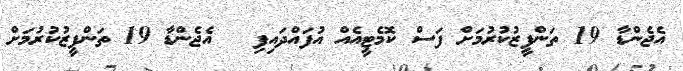
އެޖެންޑާ 19 ތަންފީޒުކުރުމަށް ފަސް ކޮމެޓީއެއް އުފައްދައިފި  	އެޖެންޑާ 19 ތަންފީޒުކުރުމަށް